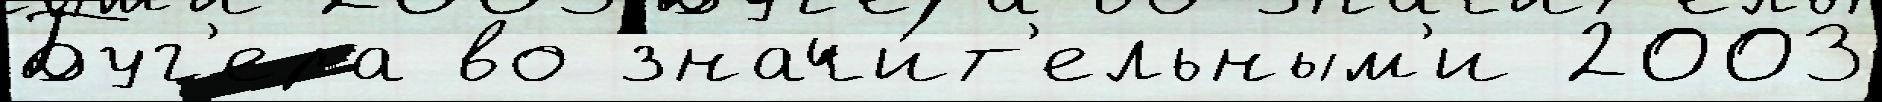
Буг'ера во значи́т'ельным'и 2003